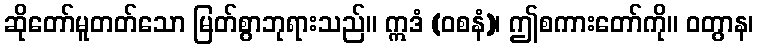
ဆိုတော်မူတတ်သော မြတ်စွာဘုရားသည်။ ဣဒံ (ဝစနံ)၊ ဤစကားတော်ကို။ ဝတွာန၊